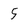
Character: 5